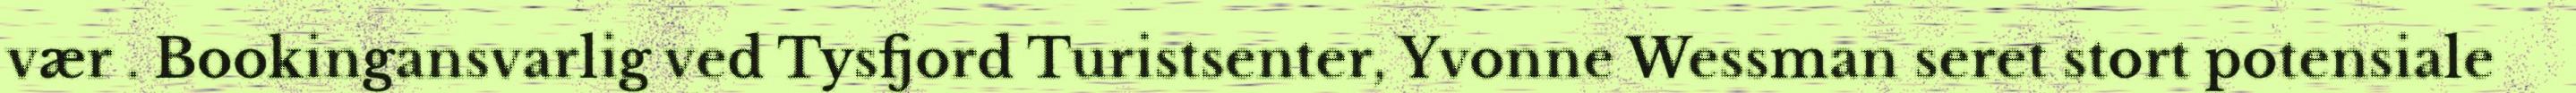
vær . Bookingansvarlig ved Tysfjord Turistsenter, Yvonne Wessman seret stort potensiale